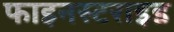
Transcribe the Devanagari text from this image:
फाइनस्टराइड